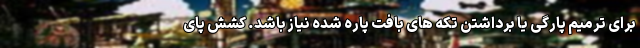
برای ترمیم پارگی یا برداشتن تکه های بافت پاره شده نیاز باشد. کشش پای